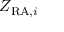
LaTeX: Z _ { { \mathrm { R A } } , i }